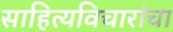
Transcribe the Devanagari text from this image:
साहित्यविचारांचा